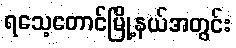
ရသေ့တောင်မြို့နယ်အတွင်း